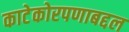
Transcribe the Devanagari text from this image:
काटेकोरपणाबद्दल